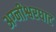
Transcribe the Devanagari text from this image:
अग्नीश्वरघाट